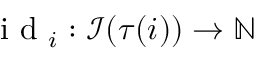
\textup { i d } _ { i } : \mathcal { I } ( \tau ( i ) ) \rightarrow \mathbb { N }